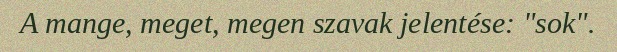
A mange, meget, megen szavak jelentése: "sok".